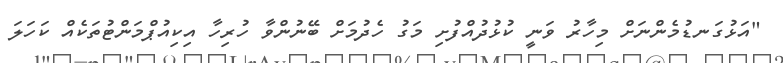
"އަޅުގަނޑުމެންނަށް މިހާރު ވަނީ ކުޅުދުއްފުށި މަގު ހެދުމަށް ބޭނުންވާ ހުރިހާ އިކިއުޕްމަންޓުތަކެއް ކަހަލަ